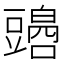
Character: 𧰏